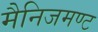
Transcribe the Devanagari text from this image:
मैनिजमण्ट